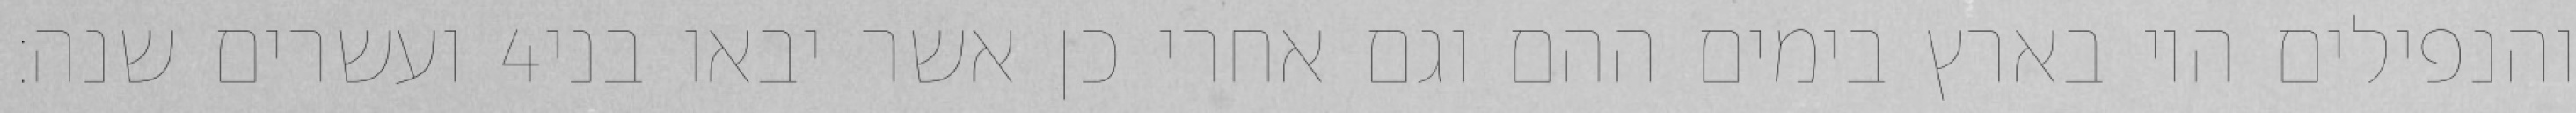
ועשרים שנה׃ ‎4‏ והנפילים היו בארץ בימים ההם וגם אחרי כן אשר יבאו בני